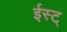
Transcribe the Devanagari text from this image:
ईस्ट्